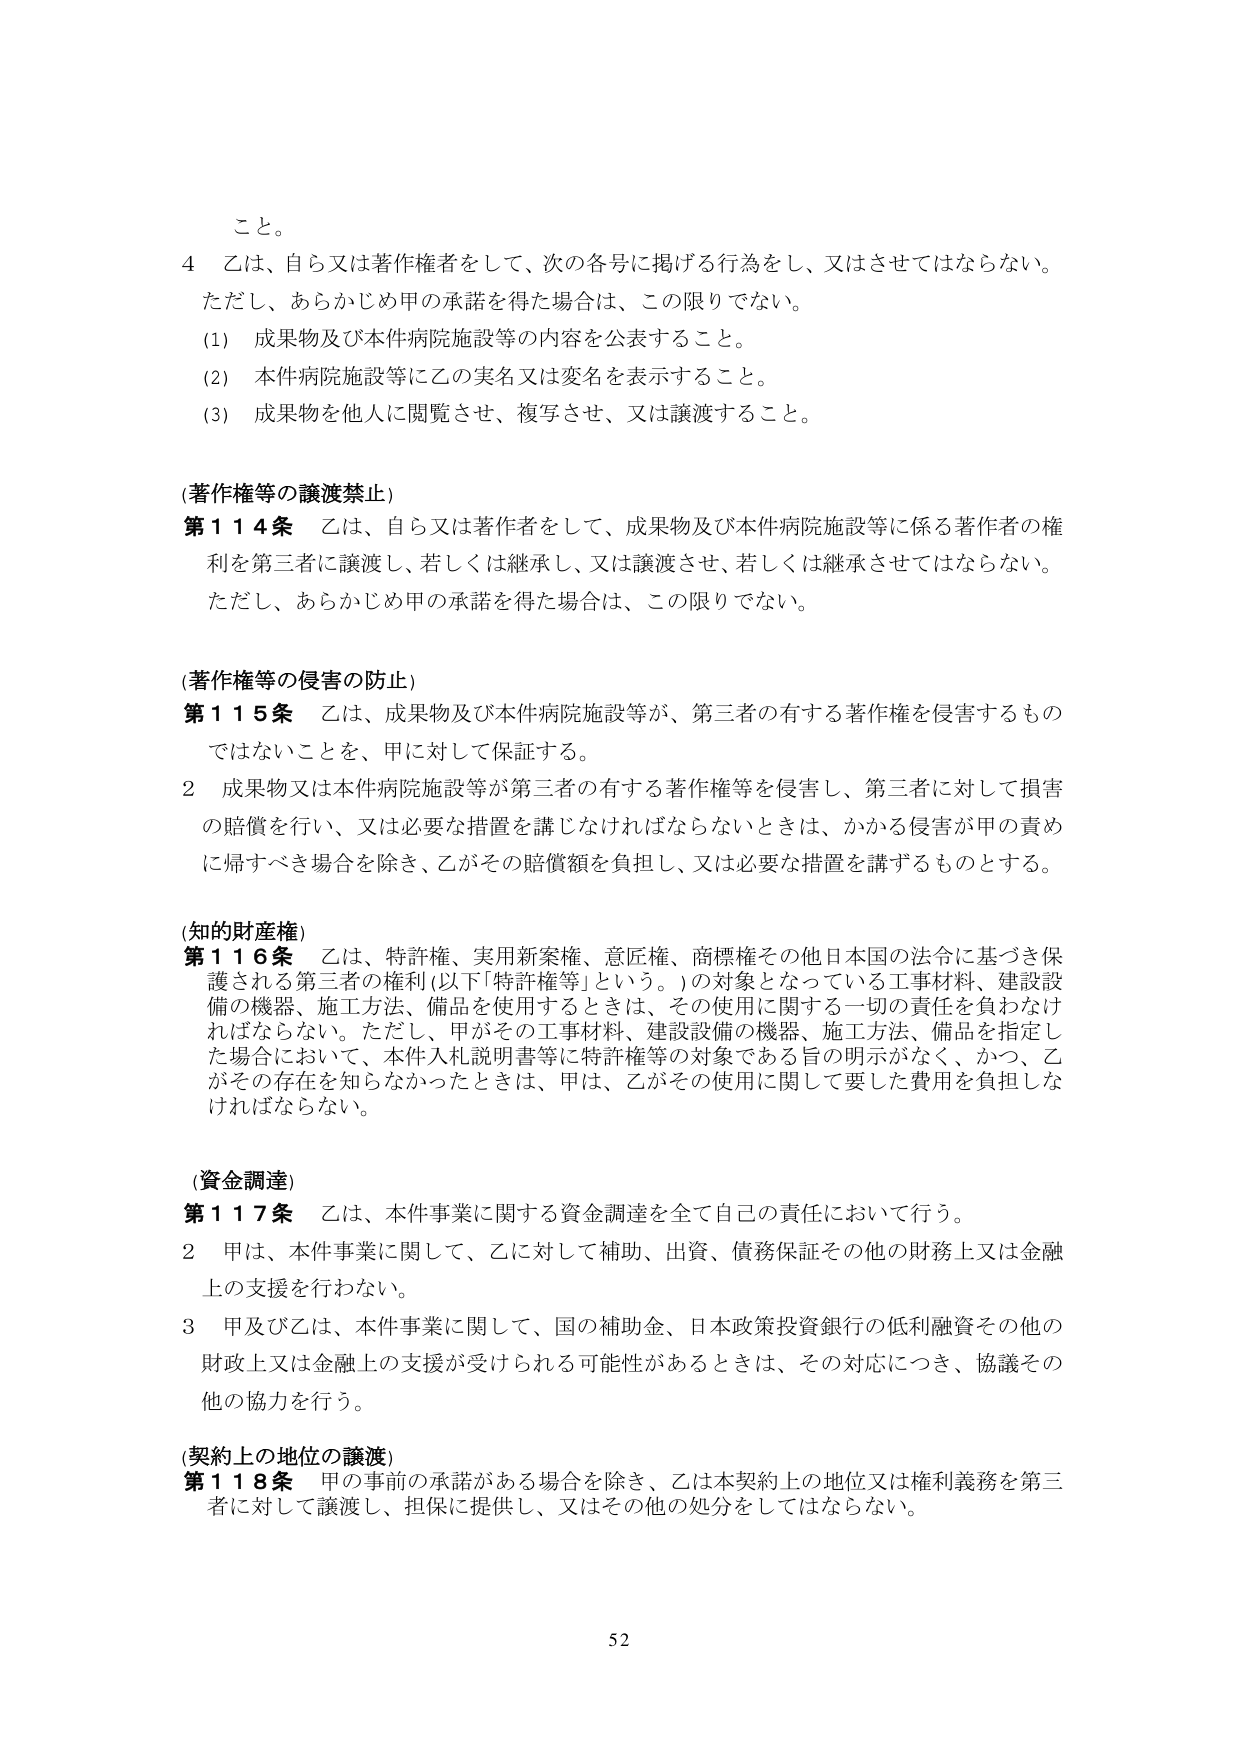
こと。

４ 乙は、自ら又は著作権者をして、次の各号に掲げる行為をし、又はさせしてはならない。
ただし、あらかじめ甲の承諾を得た場合は、この限りでない。
(1) 成果物及び本件病院施設等の内容を公表すること。
(2) 本件病院施設等に乙の実名又は変名を表示すること。
(3) 成果物を他人に閲覧させ、複写させ、又は譲渡すること。

(著作権等の譲渡禁止)
第114条 乙は、自ら又は著作者をして、成果物及び本件病院施設等に係る著作者の権利を第三者に譲渡し、若しくは継承し、又は譲渡させ、若しくは継承させてはならない。
ただし、あらかじめ甲の承諾を得た場合は、この限りでない。

(著作権等の侵害の防止)
第115条 乙は、成果物及び本件病院施設等が、第三者の有する著作権を侵害するものではないことを、甲に対して保証する。
２ 成果物又は本件病院施設等が第三者の有する著作権等を侵害し、第三者に対して損害の賠償を行い、又は必要な措置を講じなければならないときは、かかる侵害が甲の責めに帰すべき場合を除き、乙がその賠償額を負担し、又は必要な措置を講ずるものとする。

(知的財産権)
第116条 乙は、特許権、実用新案権、意匠権、商標権その他日本国の法令に基づき保護される第三者の権利（以下「特許権等」という。）の対象となっている工事材料、建設設備の機器、施工方法、備品を使用するときは、その使用に関する一切の責任を負わなければならない。ただし、甲がその工事材料、建設設備の機器、施工方法、備品を指定した場合において、本件入札説明書等に特許権等の対象である旨の明示がなく、かつ、乙がその存在を知らなかったときは、甲は、乙がその使用に関して要した費用を負担しなければならない。

(資金調達)
第117条 乙は、本件事業に関する資金調達を全て自己の責任において行う。
２ 甲は、本件事業に関して、乙に対して補助、出資、債務保証その他の財務上又は金融上の支援を行わない。
３ 甲及び乙は、本件事業に関して、国の補助金、日本政策投資銀行の低利融資その他の財政上又は金融上の支援が受けられる可能性があるときは、その対応につき、協議その他の協力を行う。

(契約上の地位の譲渡)
第118条 甲の事前の承諾がある場合を除き、乙は本契約上の地位又は権利義務を第三者に対して譲渡し、担保に提供し、又はその他の処分をしてはならない。

52